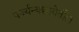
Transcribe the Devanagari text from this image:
पर्ज्यन्यछायेतील